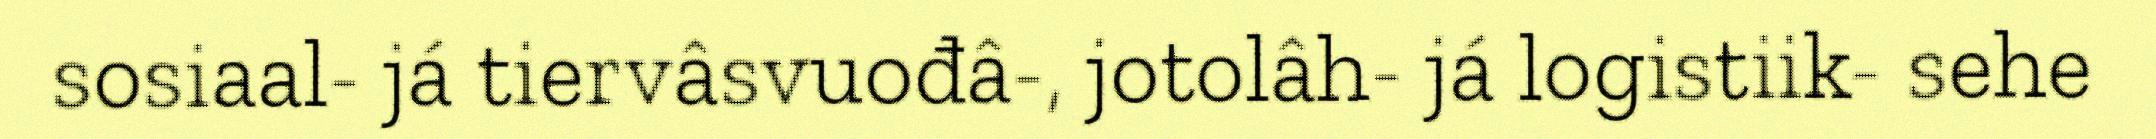
sosiaal- já tiervâsvuođâ-, jotolâh- já logistiik- sehe